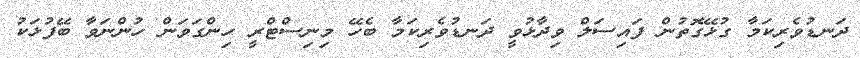
ދަނޑުވެރިކަމާ ގުޅޭގޮތުން ފައިސަލް ވިދާޅުވީ ދަނޑުވެރިކަމާ ބެހޭ މިނިސްޓްރީ ހިންގަވަން ހުންނަވާ ބޭފުޅަކު